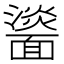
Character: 𩉀